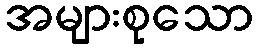
အများစုသော